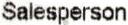
SALESPERSON